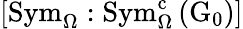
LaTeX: \left[\mathrm{Sym}_{\Omega}:\mathrm{Sym}_{\Omega}^{\mathrm{c}}\left(\mathrm{G}_{0}\right)\right]